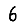
Digit: 6